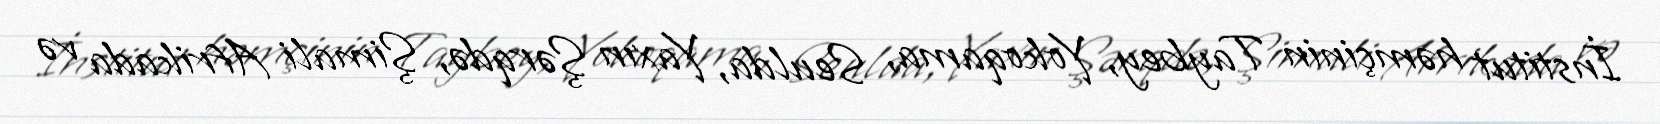
İnstitut həmçinin Taybey, Yokoqama, Seulda, Yaxın Şərqdə, Şimali Afrikada və